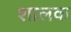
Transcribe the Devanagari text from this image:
शालक